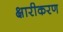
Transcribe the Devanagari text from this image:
क्षारीकरण